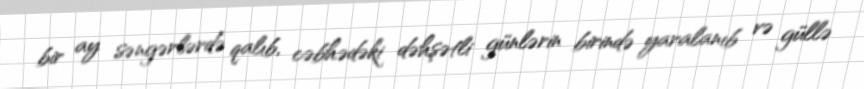
bir ay səngərlərdə qalıb, cəbhədəki dəhşətli günlərin birində yaralanıb və güllə